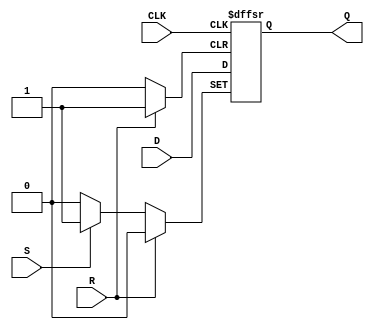
module d_flip_flop (
    input wire D,
    input wire CLK,
    input wire R,
    input wire S,
    output reg Q
);

always @(posedge CLK or posedge R or posedge S) begin
    if (R) begin
        Q <= 1'b0;
    end else if (S) begin
        Q <= 1'b1;
    end else begin
        Q <= D;
    end
end

endmodule